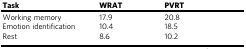
<table><thead><tr><td><b>Task</b></td><td><b>WRAT</b></td><td><b>PVRT</b></td></tr></thead><tbody><tr><td>Working memory</td><td>17.9</td><td>20.8</td></tr><tr><td>Emotion identification</td><td>10.4</td><td>18.5</td></tr><tr><td>Rest</td><td>8.6</td><td>10.2</td></tr></tbody></table>